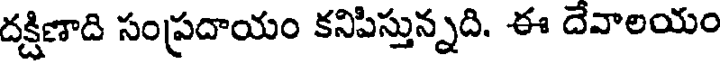
దక్షిణాది సంప్రదాయం కనిపిస్తున్నది. ఈ దేవాలయం